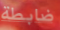
ضابطة